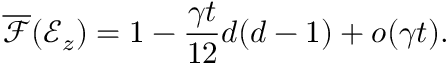
\overline { { \mathcal { F } } } ( \mathcal { E } _ { z } ) = 1 - \frac { \gamma t } { 1 2 } d ( d - 1 ) + o ( \gamma t ) .